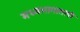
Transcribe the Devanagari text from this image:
मध्यभागातली